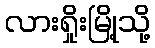
လားရှိုးမြို့သို့